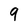
Character: 9